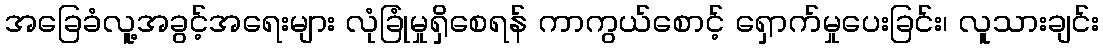
အခြေခံလူ့အခွင့်အရေးများ လုံခြုံမှုရှိစေရန် ကာကွယ်စောင့် ရှောက်မှုပေးခြင်း၊ လူသားချင်း